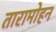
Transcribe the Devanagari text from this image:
तारामोहन